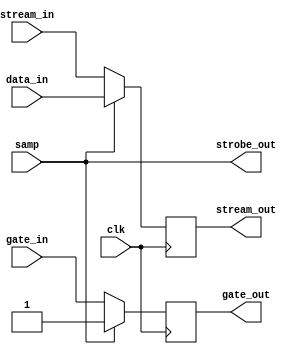
`timescale 1ns / 1ns

module serialize(clk,samp,data_in,stream_in,stream_out,gate_in,gate_out,strobe_out);
parameter dwi=28;  // result width
// Difference between above two widths should be N*log2 of the maximum number
// of samples per CIC sample, where N=2 is the order of the CIC filter.
	input clk;  // timespec 8.4 ns
	input samp;
	input signed [dwi-1:0] data_in;
	input signed [dwi-1:0] stream_in;
	output signed [dwi-1:0] stream_out;
	input gate_in;
	output gate_out;
	output strobe_out;

reg signed [dwi-1:0] stream_reg=0;
reg gate_reg=0;
always @(posedge clk) begin
	stream_reg <= samp ? data_in : stream_in;
	gate_reg <= samp ? samp : gate_in;
end
assign stream_out = stream_reg;
assign gate_out = gate_reg;
assign strobe_out=samp;
endmodule